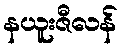
နယူးဇီလန်